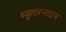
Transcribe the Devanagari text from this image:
ब्यूहारनाइस